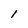
Character: I